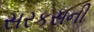
સરકસની